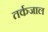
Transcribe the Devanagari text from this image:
तर्कजाल